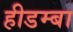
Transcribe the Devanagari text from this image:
हीडम्बा